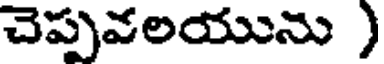
చెప్పవలయును )